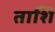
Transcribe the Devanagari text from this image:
ताशि